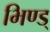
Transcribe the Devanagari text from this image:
भिण्ड्